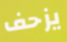
يزحف